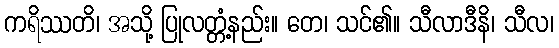
ကရိဿတိ၊ အသို့ ပြုလတ္တံ့နည်း။ တေ၊ သင်၏။ သီလာဒီနိ၊ သီလ၊